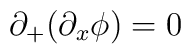
\partial_{+}(\partial_x\phi)=0